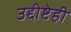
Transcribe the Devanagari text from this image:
उद्दीष्टेही